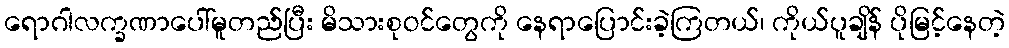
ရောဂါလက္ခဏာပေါ်မူတည်ပြီး မိသားစုဝင်တွေကို နေရာပြောင်းခဲ့ကြတယ်၊ ကိုယ်ပူချိန် ပိုမြင့်နေတဲ့